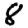
Digit: 8